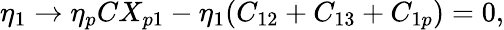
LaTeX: \eta_{1}\rightarrow\eta_{p}CX_{p1}-\eta_{1}(C_{12}+C_{13}+C_{1p})=0,